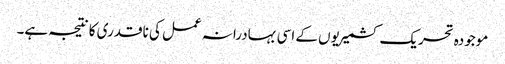
موجودہ تحریک کشمیریوں کے اسی بہادرانہ عمل کی ناقدری کا نتیجہ ہے۔